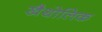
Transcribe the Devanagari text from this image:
खैथोलिक